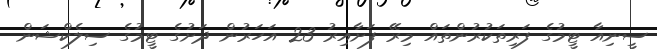
ސީނިއާ ޓީމުގެ ފަރިތަކުރުންތައް މިރޭ ފަށާއިރު 23 އަހަރުން ދަށުގެ ޓީމުގެ ސިލެކްޝަން